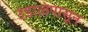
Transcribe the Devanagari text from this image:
उंडाऴेपासून